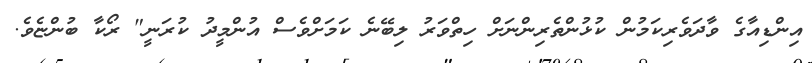
އިންޑިއާގެ ވާދަވެރިކަމުން ކުޅުންތެރިންނަށް ހިތްވަރު ލިބޭނެ ކަމަށްވެސް އުންމީދު ކުރަނީ" ރޯކާ ބުންޏެވެ.